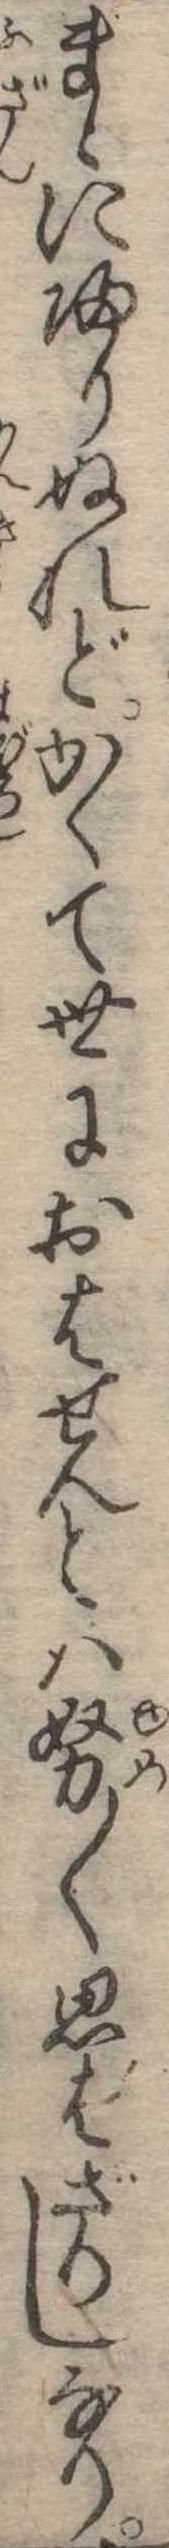
まゝに帰りぬれどかくて世におはせんとは努〱思はざりしなり